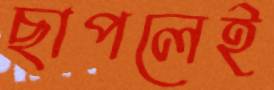
ছাপলেই